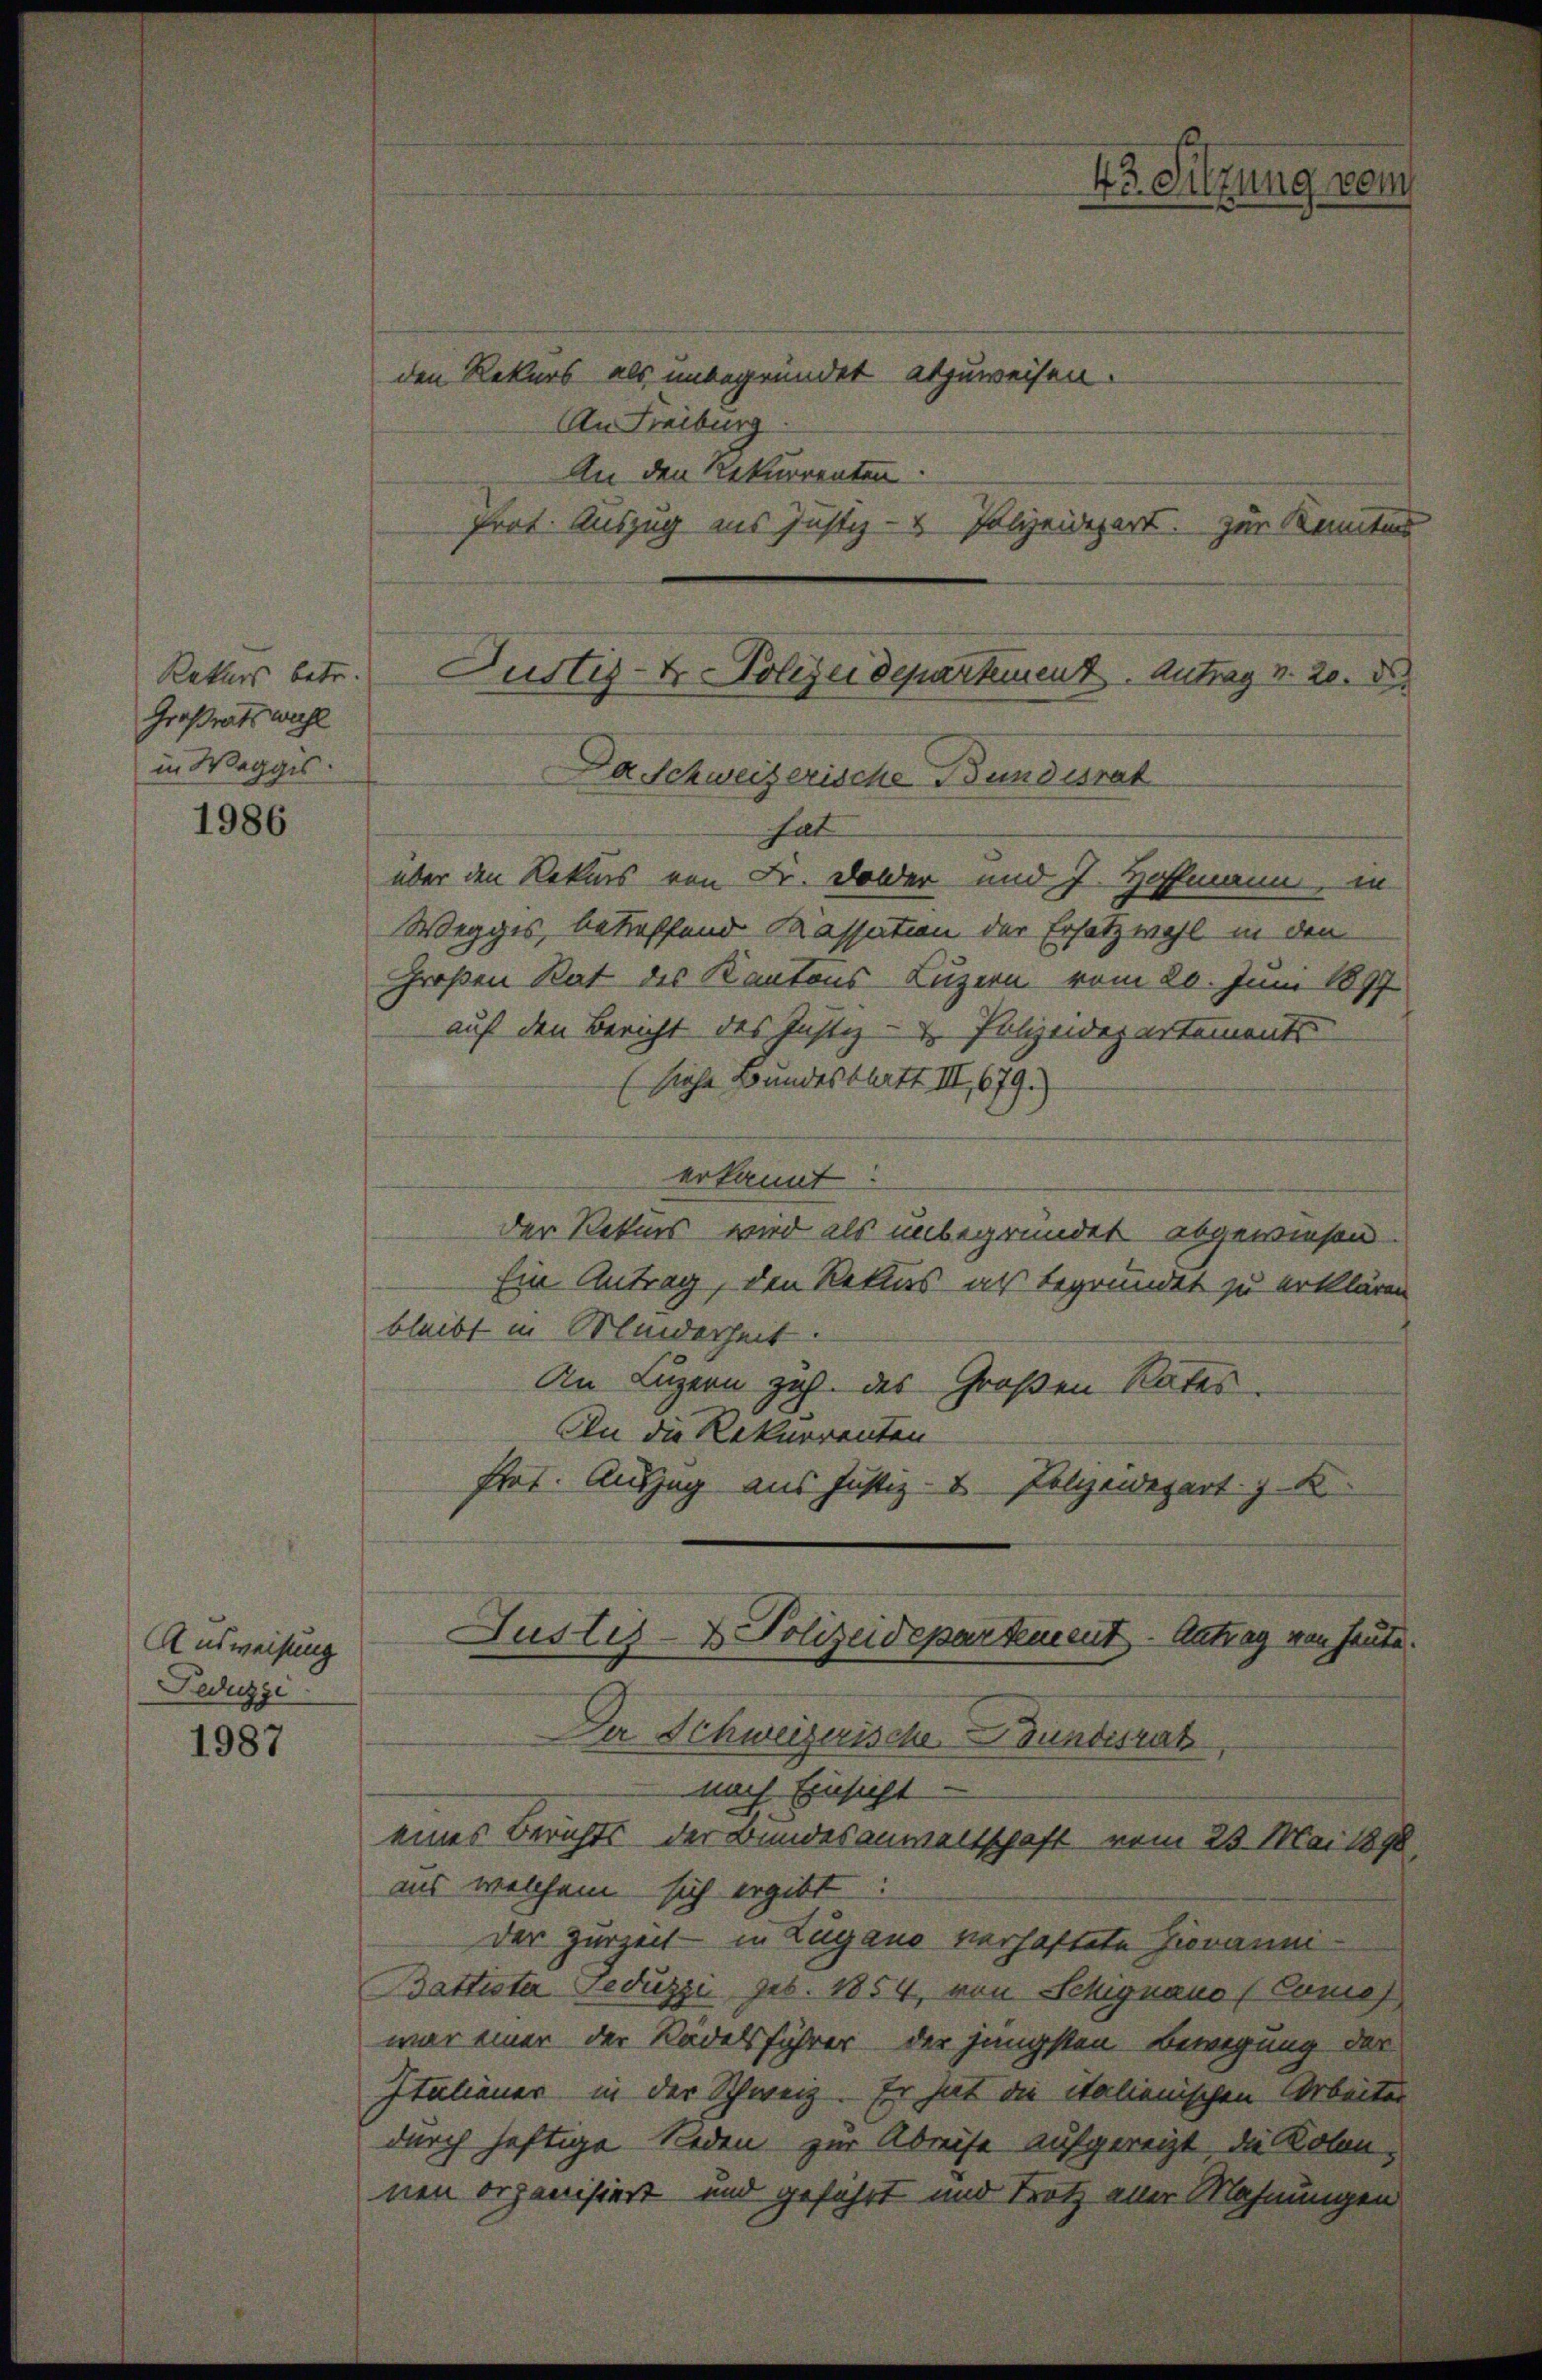
Großratswahl
in Weggis:

1986

Ausweisung
Feduzzi

1987

43. Sitzung vom
den Rekurs als unbegründet abzuweisen.
An Freiburg
An den Rekurrenten.
Prot. Auszug ins Justiz- & Polizeidepart. Zur Kenntnis

hat
über den Rekurs von Fr. Dolder und 7. Hoffmann, in
Wegges, betreffend Kassation der Ersatz wohl in den
Großen Rat des Kantons Luzern vom 20. Juni 1897
auf den Bericht des Justiz- & Polizeidepartements
(siehe Bundesblatt III, 679.
erkannt
der Rekurs wird als unbegründet abgewiesen.
Ein Antrag, den Rekurs als begründet zu erklären
bleibt in Minderheit.
An Luzern zuh. des Großen Rates
An die Rekurrenten
Proat. Auszug aus Justiz- & Polzendepart k
Justiz- & Polizeidepartement - Antrag von heute.
Der Schweizerische Bundesrat
nach Einsicht.
eines Berichts der Bundesanwaltschaft vom 23. Mai 1890
uns welchem sich ergibt:
Der Zurzeit - in Zugano verhaftete Giovann¬
Battister Feduzzi geb. 1854, von Schignano (Conos
war einer der Rädelsführer der jüngsten Bewegung der
Italianer in der Schweiz. Er hat die italienischen Arbeiter
durch heftige Reden zur Abreise aufgereizt, die Kolonnen organisiert und geführt und Trotz aller Mahnungen

Rekurs betr. Justiz- & Polizeidepartement. Antrag v. 20. D
Da Schweizerische Bundesrat